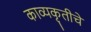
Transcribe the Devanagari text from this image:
काव्यकृतीचे